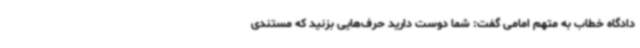
دادگاه خطاب به متهم امامی گفت: شما دوست دارید حرف‌هایی بزنید که مستندی